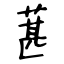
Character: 葚